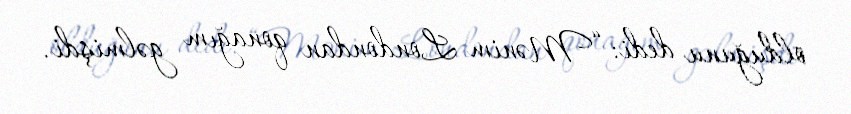
olduğunu dedi: “Mənim Londondan qonağım gəlmişdi.